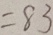
= 8 3